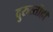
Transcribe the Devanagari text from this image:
दुरुस्तीही